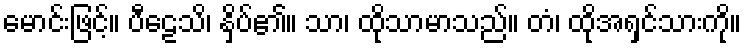
မောင်းဖြင့်။ ပီဠေသိ၊ နှိပ်၏။ သာ၊ ထိုသာမာသည်။ တံ၊ ထိုအရှင်သားကို။